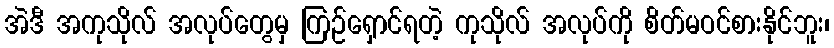
အဲဒီ အကုသိုလ် အလုပ်တွေမှ ကြဉ်ရှောင်ရတဲ့ ကုသိုလ် အလုပ်ကို စိတ်မဝင်စားနိုင်ဘူး၊